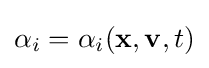
\alpha _{i}=\alpha _{i}(\mathbf {x} ,\mathbf {v} ,t)